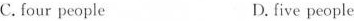
C. four people D.five people